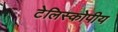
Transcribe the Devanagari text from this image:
टेलिस्कोपीय